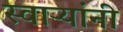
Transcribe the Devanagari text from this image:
स्वाऱ्यांनी